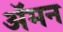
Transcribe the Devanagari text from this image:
अॅमन